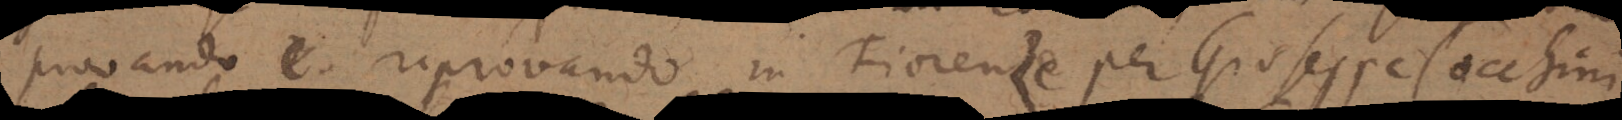
provando e riprovando in Fiorenze per Giuseppe Cocchini